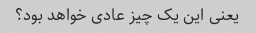
یعنی این یک چیز عادی خواهد بود؟